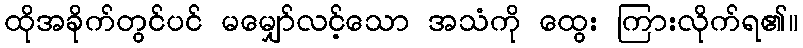
ထိုအခိုက်တွင်ပင် မမျှော်လင့်သော အသံကို ထွေး ကြားလိုက်ရ၏။